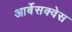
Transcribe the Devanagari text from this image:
आर्बेसक्वेस